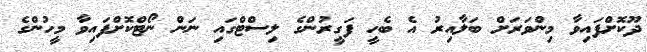
ދޫކޮށްފައިވާ މިންވަރަށް ބަލާއިރު އެ ބެހީ ފަގީރުންގެ ލިސްޓްގައި ނަން ނޯޓްކޮށްފައިވާ މީހުންގެ